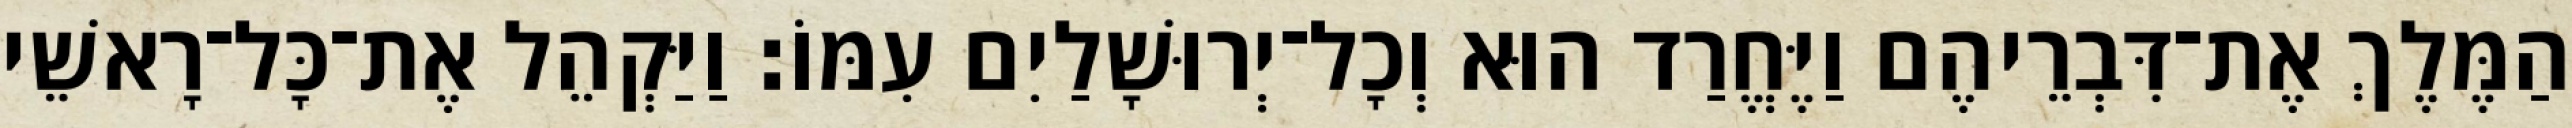
הַמֶּלֶךְ אֶת־דִּבְרֵיהֶם וַיֶּחֱרַד הוּא וְכָל־יְרוּשָׁלַיִם עִמּוֹ׃ וַיַּקְהֵל אֶת־כָּל־רָאשֵׁי